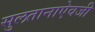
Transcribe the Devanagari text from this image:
सुलतानाऐवजी